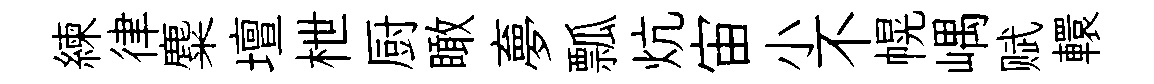
練律麋壇枻厨瞰夣瓢炕宙小不幌嵎赋轘